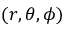
( r , \theta , \phi )